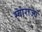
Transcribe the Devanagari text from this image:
स्वाराज्यं